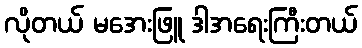
လိုတယ် မအေးဖြူ ဒါအရေးကြီးတယ်